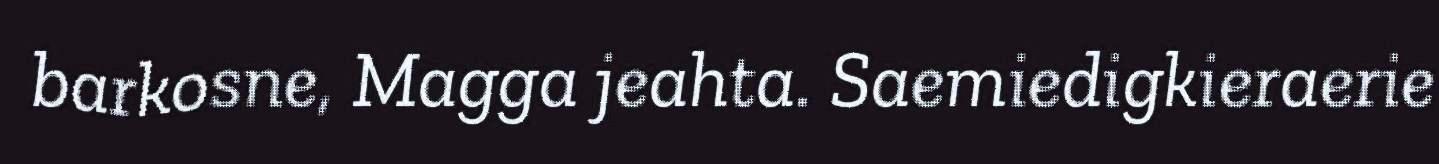
barkosne, Magga jeahta. Saemiedigkieraerie